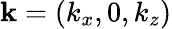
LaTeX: \mathbf{k}=(k_{x},0,k_{z})